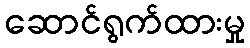
ဆောင်ရွက်ထားမှု